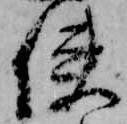
使